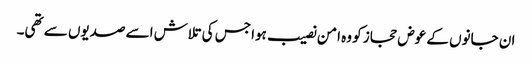
ان جانوں کے عوض حجاز کو وہ امن نصیب ہوا جس کی تلاش اسے صدیوں سے تھی۔